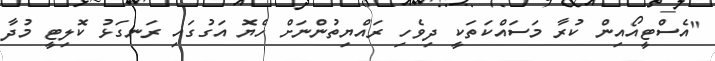
"އެސްޓީއޯއިން ކުރާ މަސައްކަތަކީ ދިވެހި ރައްޔިތުންނަށް ހެޔޮ އަގުގައި ރަނގަޅު ކޮލިޓީ މުދާ